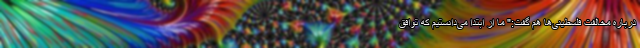
درباره مخالفت فلسطینی‌ها هم گفت:" ما از ابتدا می‌دانستیم که توافق